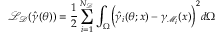
\mathcal { L } _ { \mathcal { D } } ( \boldsymbol { \hat { \gamma } } ( \boldsymbol { \theta } ) ) = \frac { 1 } { 2 } \sum _ { i = 1 } ^ { N _ { \mathcal { D } } } \int _ { \Omega } \biggl ( \hat { \gamma } _ { i } ( \boldsymbol { \theta } ; \boldsymbol { x } ) - \gamma _ { \mathcal { M } _ { i } } ( \boldsymbol { x } ) \biggr ) ^ { 2 } d \Omega